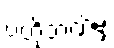
ဗဟိုဘဏ်မှ